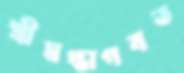
শ্রীমদ্ভাগবত